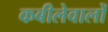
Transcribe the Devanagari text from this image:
कबीलेवालों